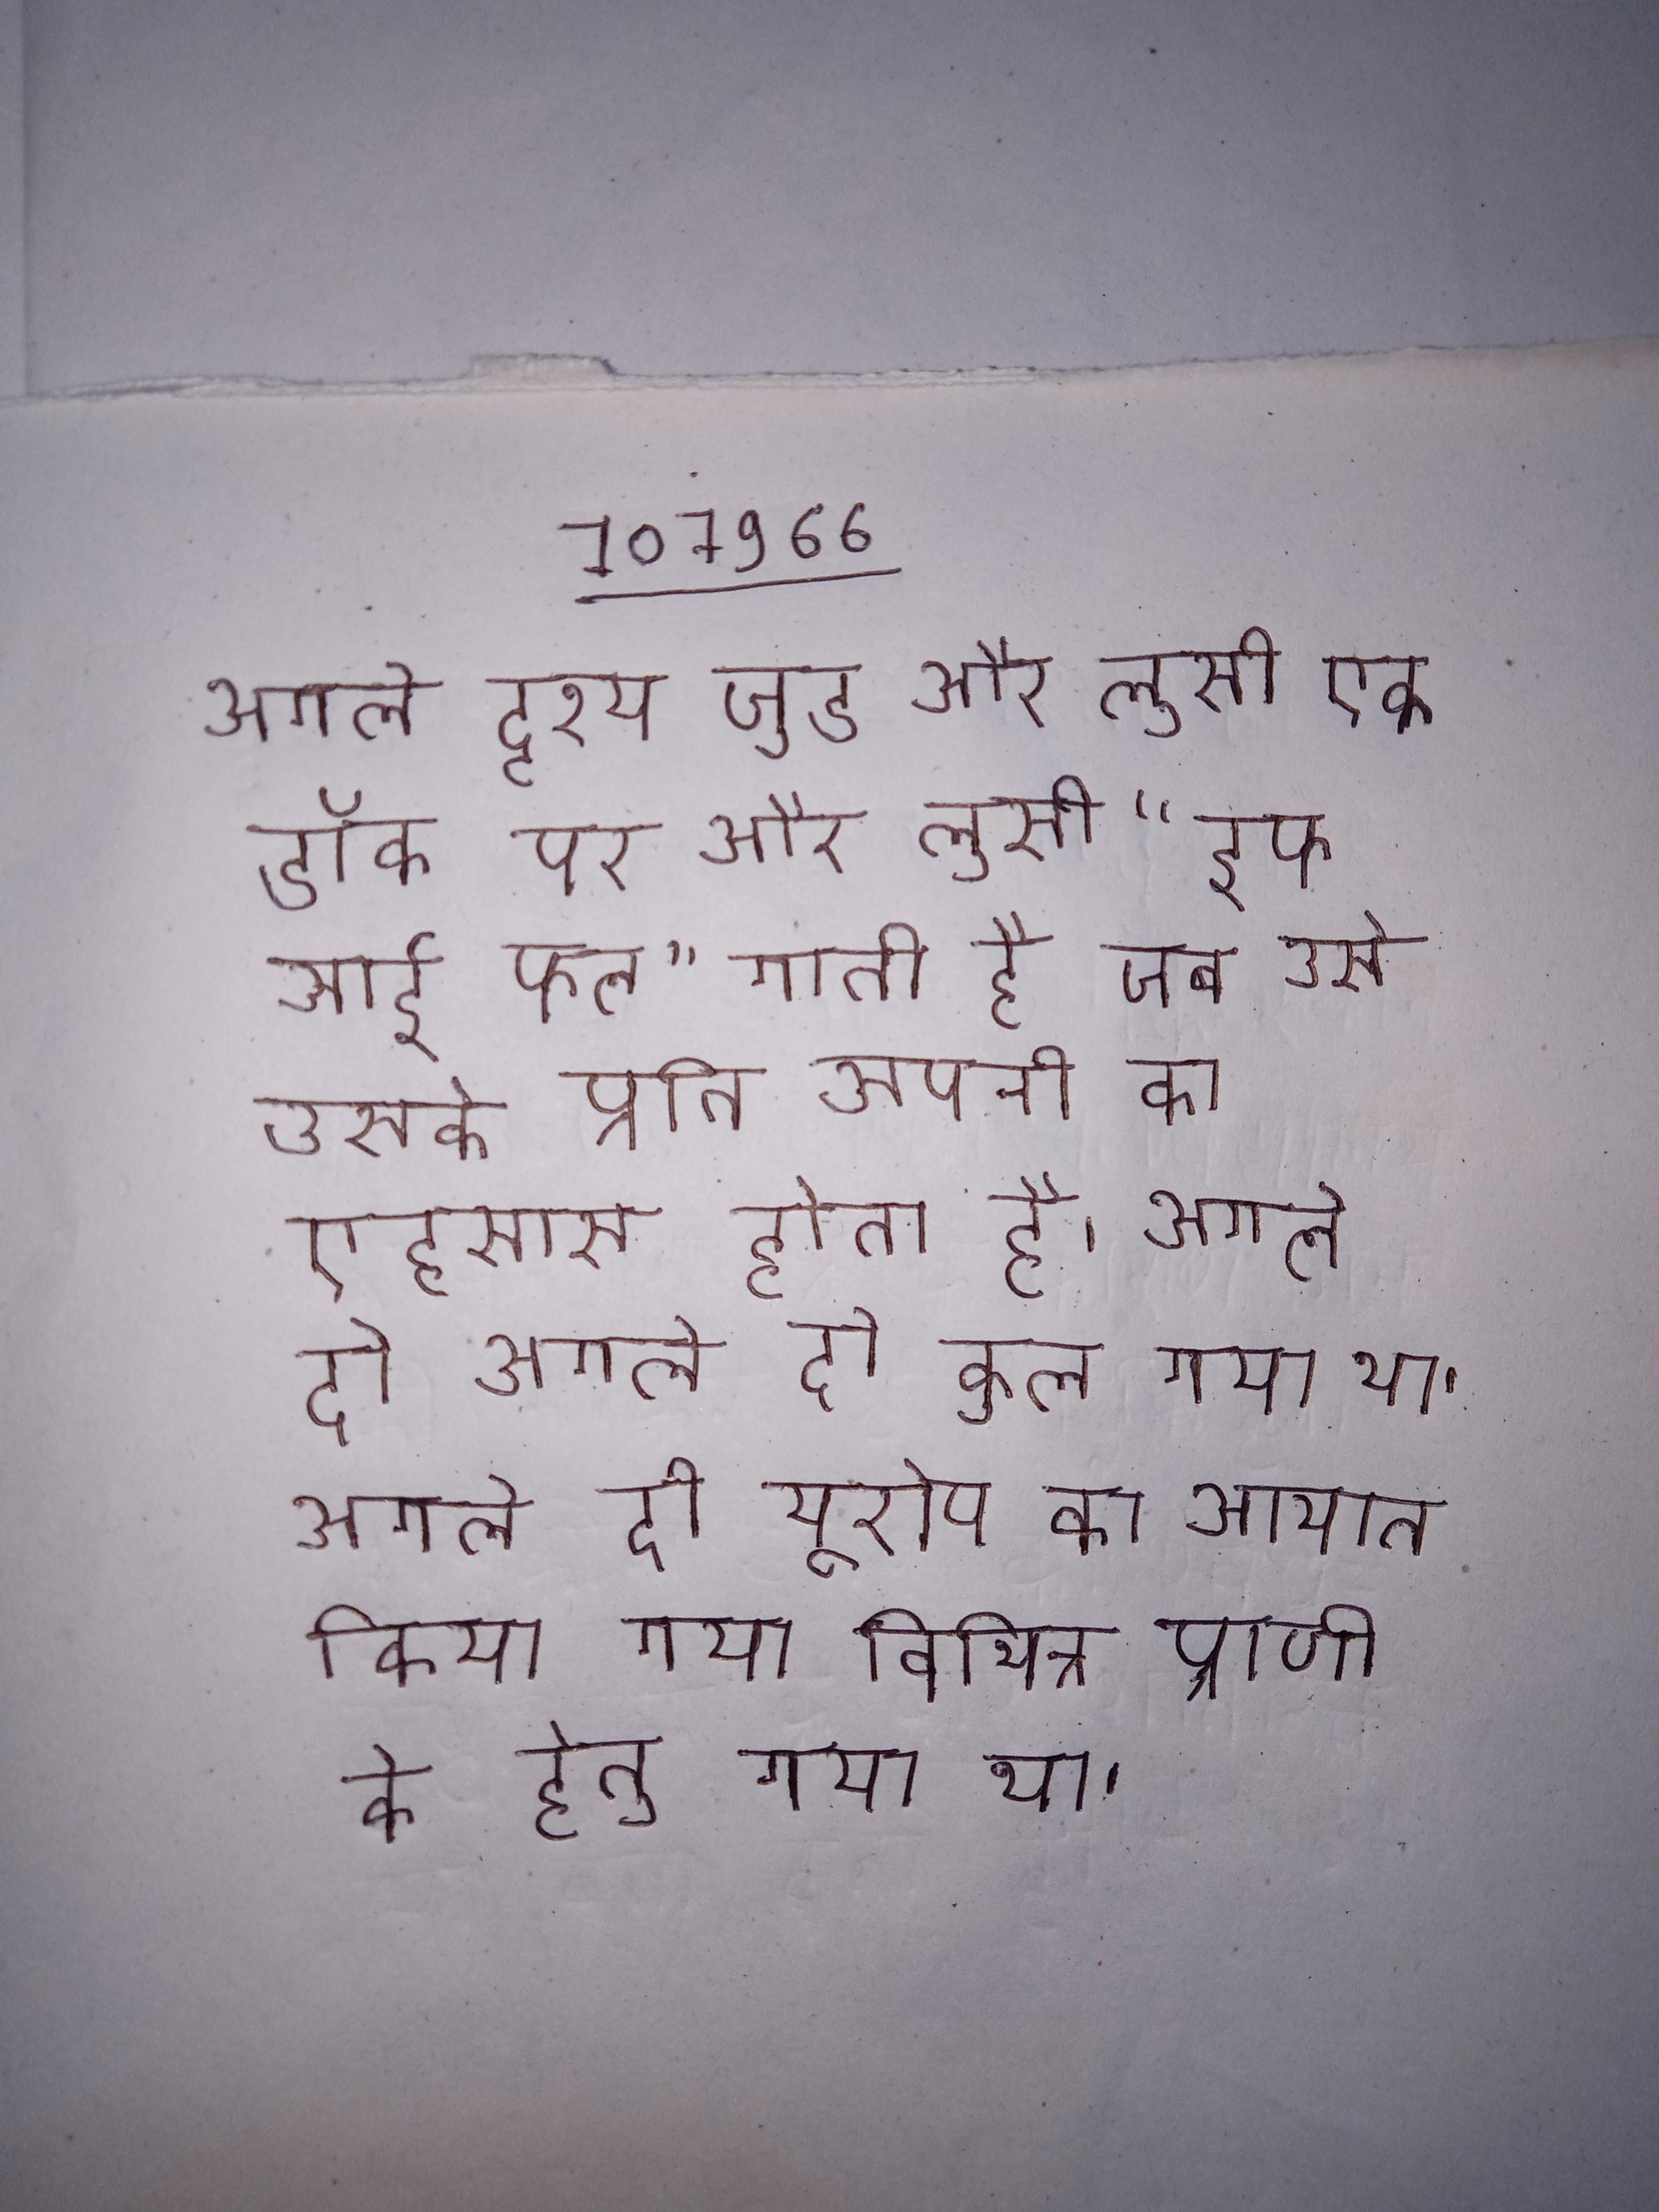
अगले दृश्य जुड और लुसी एक डॉक पर और लुसी "इफ आई फेल" गाती है जब उसे उसके प्रति अपनी का एहसास होता है । अगले दो अगले दो कुल गया था । अगले दो यूरोप का आयात किया गया विभिन्न प्राणी के हेतु गया था ।